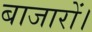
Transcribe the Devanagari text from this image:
बाजारों।